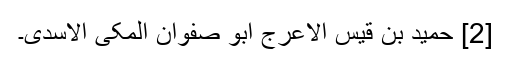
[2] حمید بن قیس الاعرج ابو صفوان المکی الاسدی۔